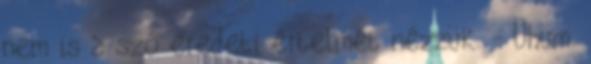
nem is a szó eredeti értelmét nézzük. - Ühüm.